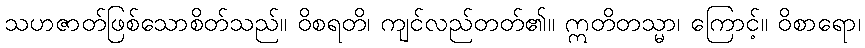
သဟဇာတ်ဖြစ်သောစိတ်သည်။ ဝိစရတိ၊ ကျင်လည်တတ်၏။ ဣတိတသ္မာ၊ ကြောင့်။ ဝိစာရော၊